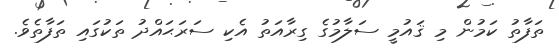
ތަފާތު ކަމުން މި ޤައުމީ ސަލާމުގެ ގިރާއަތު އެކި ސަރަޙައްދު ތަކުގައި ތަފާތެވެ.